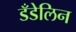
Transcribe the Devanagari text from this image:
डँडेलिन